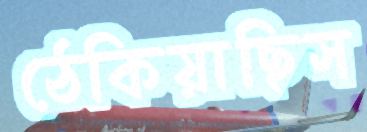
ঠেকিয়াছিস